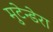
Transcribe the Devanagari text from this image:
मुटेन्डेरा